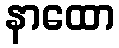
နာထော